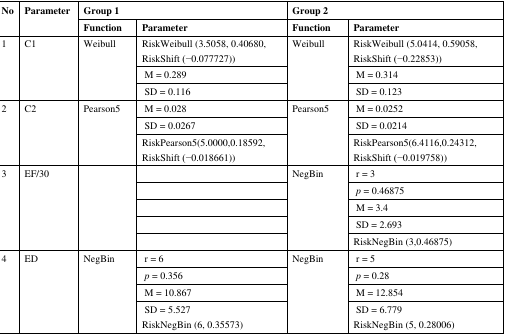
<table><thead><tr><td rowspan="2"><b>No</b></td><td rowspan="2"><b>Parameter</b></td><td colspan="2"><b>Group 1</b></td><td colspan="2"><b>Group 2</b></td></tr><tr><td><b>Function</b></td><td><b>Parameter</b></td><td><b>Function</b></td><td><b>Parameter</b></td></tr></thead><tbody><tr><td rowspan="3">1</td><td rowspan="3">C1</td><td rowspan="3">Weibull</td><td>RiskWeibull (3.5058, 0.40680, RiskShift (−0.077727))</td><td rowspan="3">Weibull</td><td>RiskWeibull (5.0414, 0.59058, RiskShift (−0.22853))</td></tr><tr><td>M = 0.289</td><td>M = 0.314</td></tr><tr><td>SD = 0.116</td><td>SD = 0.123</td></tr><tr><td rowspan="3">2</td><td rowspan="3">C2</td><td rowspan="3">Pearson5</td><td>M = 0.028</td><td rowspan="3">Pearson5</td><td>M = 0.0252</td></tr><tr><td>SD = 0.0267</td><td>SD = 0.0214</td></tr><tr><td>RiskPearson5(5.0000,0.18592, RiskShift (−0.018661))</td><td>RiskPearson5(6.4116,0.24312, RiskShift (−0.019758))</td></tr><tr><td rowspan="5">3</td><td rowspan="5">EF/30</td><td rowspan="5"></td><td></td><td rowspan="5">NegBin</td><td>r = 3</td></tr><tr><td></td><td><i>p</i> = 0.46875</td></tr><tr><td></td><td>M = 3.4</td></tr><tr><td></td><td>SD = 2.693</td></tr><tr><td></td><td>RiskNegBin (3,0.46875)</td></tr><tr><td rowspan="4">4</td><td rowspan="4">ED</td><td rowspan="4">NegBin</td><td>r = 6</td><td rowspan="4">NegBin</td><td>r = 5</td></tr><tr><td><i>p</i> = 0.356</td><td><i>p</i> = 0.28</td></tr><tr><td>M = 10.867</td><td>M = 12.854</td></tr><tr><td>SD = 5.527</td><td>SD = 6.779</td></tr><tr><td></td><td></td><td></td><td>RiskNegBin (6, 0.35573)</td><td></td><td>RiskNegBin (5, 0.28006)</td></tr></tbody></table>